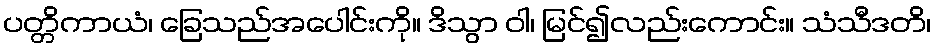
ပတ္တိကာယံ၊ ခြေသည်အပေါင်းကို။ ဒိသွာ ဝါ၊ မြင်၍လည်းကောင်း။ သံသီဒတိ၊